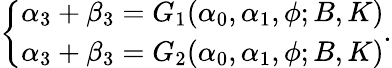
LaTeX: \left\{ \begin{array}{ll}{{\alpha_{3}+\beta_{3}=G_{1}(\alpha_{0},\alpha_{1},\phi;B,K)}}\\ {{\alpha_{3}+\beta_{3}=G_{2}(\alpha_{0},\alpha_{1},\phi;B,K)}}\end{array}\right..